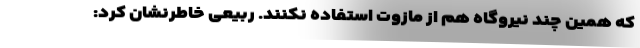
که همین چند نیروگاه هم از مازوت استفاده نکنند. ربیعی خاطرنشان کرد: